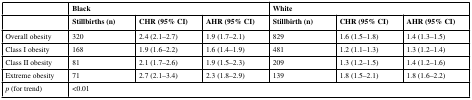
<table><thead><tr><td></td><td colspan="3"><b>Black</b></td><td colspan="3"><b>White</b></td></tr><tr><td></td><td><b>Stillbirths (n)</b></td><td><b>CHR (95% CI)</b></td><td><b>AHR (95% CI)</b></td><td><b>Stillbirth (n)</b></td><td><b>CHR (95% CI)</b></td><td><b>AHR (95% CI)</b></td></tr></thead><tbody><tr><td>Overall obesity</td><td>320</td><td>2.4 (2.1–2.7)</td><td>1.9 (1.7–2.1)</td><td>829</td><td>1.6 (1.5–1.8)</td><td>1.4 (1.3–1.5)</td></tr><tr><td>Class I obesity</td><td>168</td><td>1.9 (1.6–2.2)</td><td>1.6 (1.4–1.9)</td><td>481</td><td>1.2 (1.1–1.3)</td><td>1.3 (1.2–1.4)</td></tr><tr><td>Class II obesity</td><td>81</td><td>2.1 (1.7–2.6)</td><td>1.9 (1.5–2.3)</td><td>209</td><td>1.3 (1.2–1.5)</td><td>1.4 (1.2–1.6)</td></tr><tr><td>Extreme obesity</td><td>71</td><td>2.7 (2.1–3.4)</td><td>2.3 (1.8–2.9)</td><td>139</td><td>1.8 (1.5–2.1)</td><td>1.8 (1.6–2.2)</td></tr><tr><td><i>p</i> (for trend)</td><td colspan="6">&lt;0.01</td></tr></tbody></table>